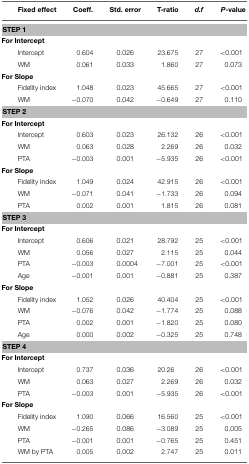
<table><thead><tr><td><b>Fixed effect</b></td><td><b>Coeff.</b></td><td><b>Std. error</b></td><td><b>T-ratio</b></td><td><b><i>d.f</i></b></td><td><b><i>P</i>-value</b></td></tr></thead><tbody><tr><td colspan="7"><b>STEP 1</b></td></tr><tr><td colspan="7"><b>For Intercept</b></td></tr><tr><td>Intercept</td><td>0.604</td><td>0.026</td><td>23.675</td><td>27</td><td>&lt;0.001</td></tr><tr><td>WM</td><td>0.061</td><td>0.033</td><td>1.860</td><td>27</td><td>0.073</td></tr><tr><td colspan="7"><b>For Slope</b></td></tr><tr><td>Fidelity index</td><td>1.048</td><td>0.023</td><td>45.665</td><td>27</td><td>&lt;0.001</td></tr><tr><td>WM</td><td>−0.070</td><td>0.042</td><td>−0.649</td><td>27</td><td>0.110</td></tr><tr><td colspan="7"><b>STEP 2</b></td></tr><tr><td colspan="7"><b>For Intercept</b></td></tr><tr><td>Intercept</td><td>0.603</td><td>0.023</td><td>26.132</td><td>26</td><td>&lt;0.001</td></tr><tr><td>WM</td><td>0.063</td><td>0.028</td><td>2.269</td><td>26</td><td>0.032</td></tr><tr><td>PTA</td><td>−0.003</td><td>0.001</td><td>−5.935</td><td>26</td><td>&lt;0.001</td></tr><tr><td colspan="7"><b>For Slope</b></td></tr><tr><td>Fidelity index</td><td>1.049</td><td>0.024</td><td>42.915</td><td>26</td><td>&lt;0.001</td></tr><tr><td>WM</td><td>−0.071</td><td>0.041</td><td>−1.733</td><td>26</td><td>0.094</td></tr><tr><td>PTA</td><td>0.002</td><td>0.001</td><td>1.815</td><td>26</td><td>0.081</td></tr><tr><td colspan="7"><b>STEP 3</b></td></tr><tr><td colspan="7"><b>For Intercept</b></td></tr><tr><td>Intercept</td><td>0.606</td><td>0.021</td><td>28.792</td><td>25</td><td>&lt;0.001</td></tr><tr><td>WM</td><td>0.056</td><td>0.027</td><td>2.115</td><td>25</td><td>0.044</td></tr><tr><td>PTA</td><td>−0.003</td><td>0.0004</td><td>−7.001</td><td>25</td><td>&lt;0.001</td></tr><tr><td>Age</td><td>−0.001</td><td>0.001</td><td>−0.881</td><td>25</td><td>0.387</td></tr><tr><td colspan="7"><b>For Slope</b></td></tr><tr><td>Fidelity index</td><td>1.052</td><td>0.026</td><td>40.404</td><td>25</td><td>&lt;0.001</td></tr><tr><td>WM</td><td>−0.076</td><td>0.042</td><td>−1.774</td><td>25</td><td>0.088</td></tr><tr><td>PTA</td><td>0.002</td><td>0.001</td><td>−1.820</td><td>25</td><td>0.080</td></tr><tr><td>Age</td><td>0.000</td><td>0.002</td><td>−0.325</td><td>25</td><td>0.748</td></tr><tr><td colspan="7"><b>STEP 4</b></td></tr><tr><td colspan="7"><b>For Intercept</b></td></tr><tr><td>Intercept</td><td>0.737</td><td>0.036</td><td>20.26</td><td>26</td><td>&lt;0.001</td></tr><tr><td>WM</td><td>0.063</td><td>0.027</td><td>2.269</td><td>26</td><td>0.032</td></tr><tr><td>PTA</td><td>−0.003</td><td>0.001</td><td>−5.935</td><td>26</td><td>&lt;0.001</td></tr><tr><td colspan="7"><b>For Slope</b></td></tr><tr><td>Fidelity index</td><td>1.090</td><td>0.066</td><td>16.560</td><td>25</td><td>&lt;0.001</td></tr><tr><td>WM</td><td>−0.265</td><td>0.086</td><td>−3.089</td><td>25</td><td>0.005</td></tr><tr><td>PTA</td><td>−0.001</td><td>0.001</td><td>−0.765</td><td>25</td><td>0.451</td></tr><tr><td>WM by PTA</td><td>0.005</td><td>0.002</td><td>2.747</td><td>25</td><td>0.011</td></tr></tbody></table>